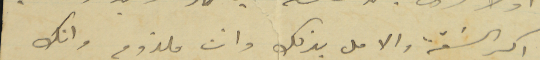
اكبر السَقة والامل بذلك وانت ملزوم وانك